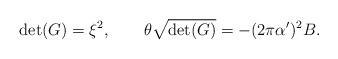
LaTeX: \begin{align*}\det(G)=\xi^2, \qquad \theta \sqrt{\det(G)}=-( 2\pi \alpha')^2 B.\end{align*}